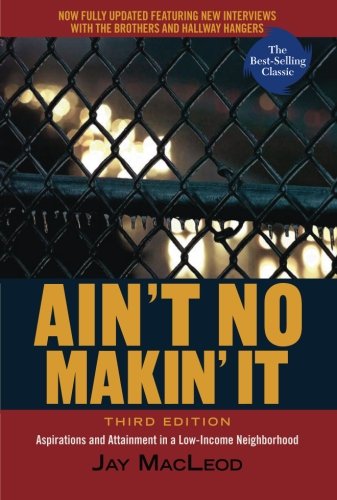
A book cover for Ain't No Makin' It: Aspirations and Attainment in a Low-Income Neighborhood, 3rd Edition; Jay MacLeod; Politics & Social Sciences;